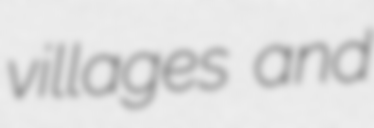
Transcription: villages and